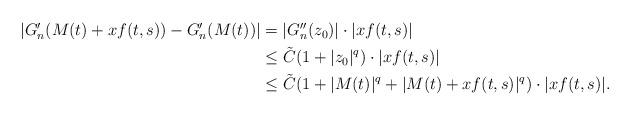
LaTeX: \begin{align*} \begin{aligned}|G_n'(M(t)+xf(t,s))-G_n'(M(t))| &= |G_n''(z_0)|\cdot|xf(t,s)|\\ &\le \tilde C (1+|z_0|^{q})\cdot|xf(t,s)| \\ & \le \tilde C(1+ |M(t)|^{q} + |M(t)+ x f(t,s)|^{q})\cdot|xf(t,s)|.\end{aligned}\end{align*}